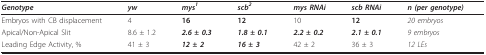
| Genotype | yw | mys1 | scb2 | mys RNAi | scb RNAi | n (per genotype) |
 | --- | --- | --- | --- | --- | --- | --- |
 | Embryos with CB displacement | 4 | 16 | 12 | 10 | 12 | 20 embryos |
 | Apical/Non-Apical Slit | 8.6 ± 1.2 | 2.6 ± 0.3 | 1.8 ± 0.1 | 2.2 ± 0.2 | 2.1 ± 0.1 | 9 embryos |
 | Leading Edge Activity, % | 41 ± 3 | 12 ± 2 | 16 ± 3 | 42 ± 2 | 36 ± 3 | 12 LEs |